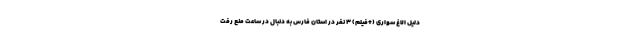
دلیل الاغ سواری (+فیلم) 3 نفر در استان فارس به دنبال در ساعت منع رفت